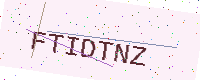
Text: FTIDTNZ